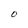
Character: O